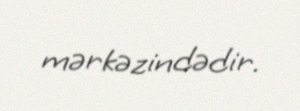
mərkəzindədir.